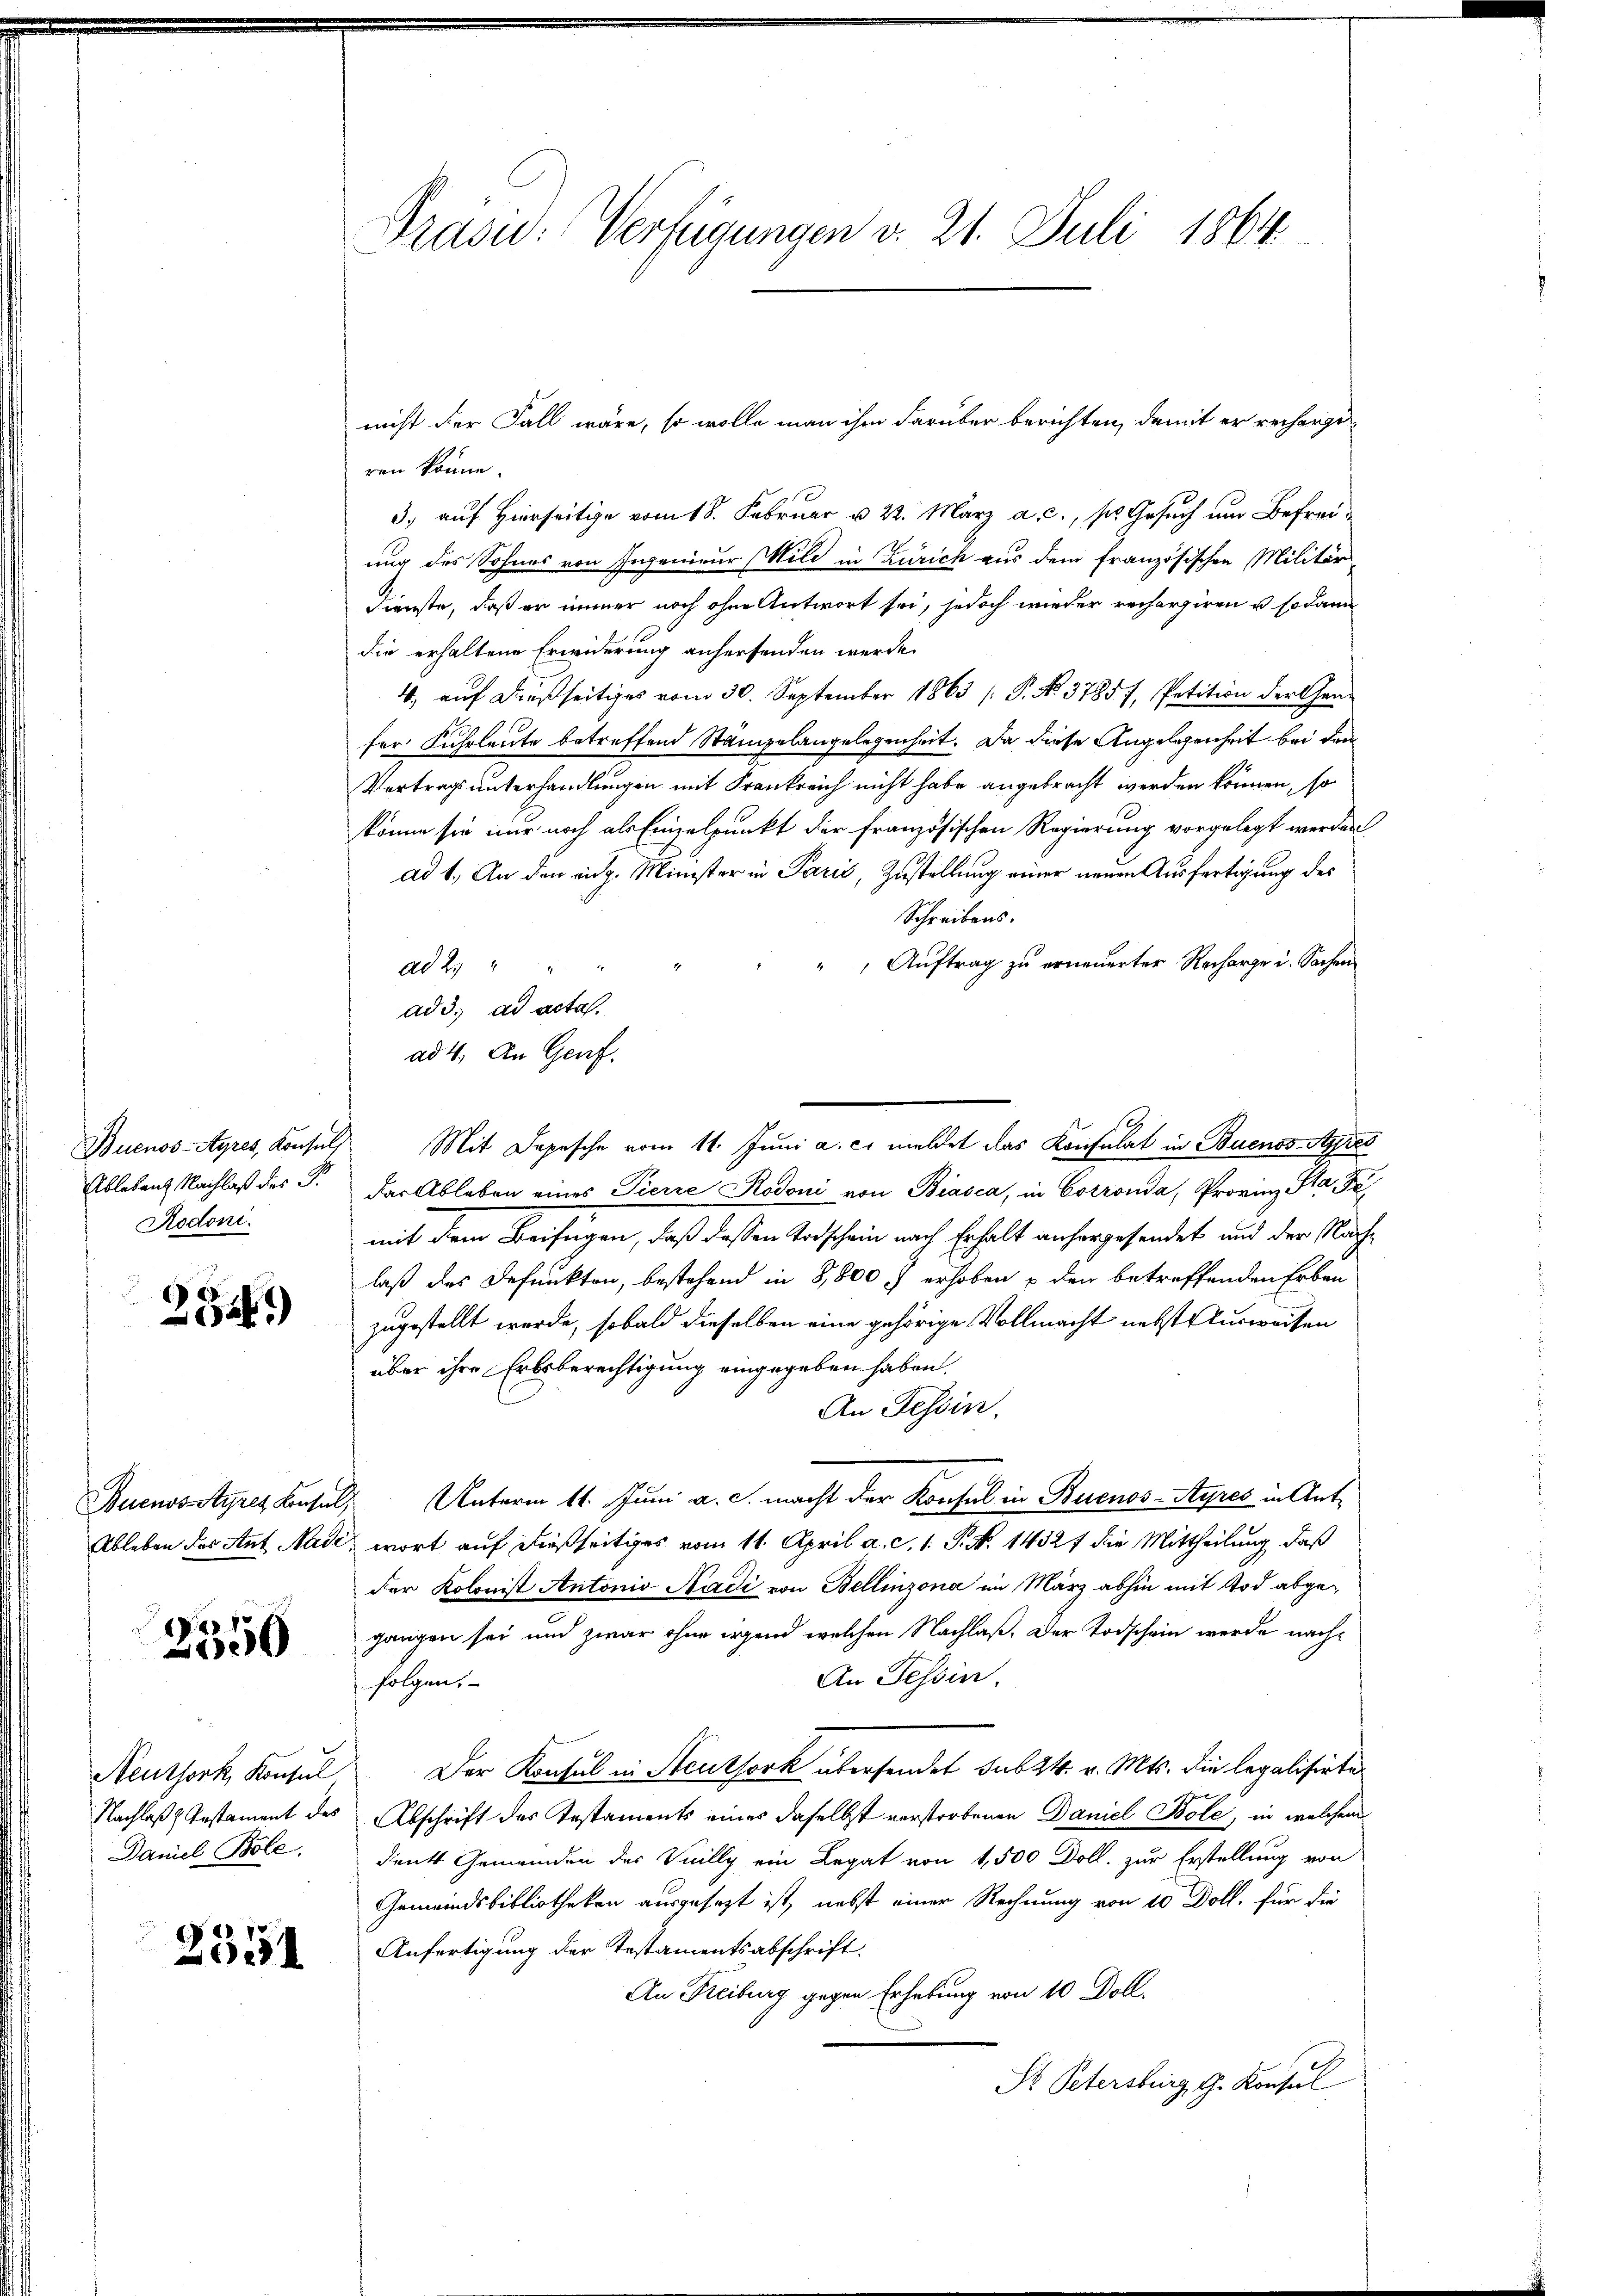
Rodoni.

252)

7
00

Neuthork, Konsul
Daniel Bole

2551

Präsid. Verfügungen v. 21. Juli 1864.

nicht der Fall wäre, so wolle man ihm darüber berichten, damit er recherge
ren könne.
3. auf Hierseitig vom 18. Februar u. 22. März a. c., s. Gesuch um Befreiung des Sohnes von Ingenieur Wild in Zürich aus dem französischen Militär-
Dienste, daß er immer noch ohne Antwort sei, jedoch wieder rechargiren u. sodann
die erhaltene Erwiderung anhersenden werde.
4. aŭf dießseitiges vom 30. September 1863 /: P. No. 37857, Petition der Gen
fer Fuhrleute betreffend Stämpelangelegenheit. Da diese Angelegenheit bei dem
Vertrags unterhandlungen mit Frankreich nicht habe angebracht werden können, so
könne sie nur noch als Einzelpunkt der französischen Regierung vorgelegt werden
ad 1. An den eidg. Minister in Parić, Zustellung einer neuen Ausfertigung des
Schreibens.
" Auftrag zu erneuerter Recharge u. Sachen
ad 25 " " "
ad 3. ad acta.
ad 4. An Genf.
Buenos-Ayres, Konsuls Mit Depesche vom 11. Juni a. c. meldet das Konsulat in Buenos-Ayres
Ableben Nachlaß des P. Der Ableben eines Pierre Rodoni von Biasca, in Corronda, Provinz Sta Fe
mit dem Beifügen, daß dessen Todschein nach Erhalt anhergesendet und der Nachlaß des Defunkten, bestehend in 8,800 erhoben u den betreffenden Erben
zugestellt werde, sobald dieselben eine gehörige Vollmacht nebst Ausweisen
über ihre Erbsberechtigung eingegeben haben.
An Tessin.
Buenos-Ayres Konsuls. Unterm 11. Juni a. c. macht der Konsul in Buenos-Ayres in Ant¬
Ableben des Ant Nade, wort auf dießseitiges vom 11. April a. c. 1. P. N. 1432 f die Mittheilung, daß
der Kolonist Antonio Sadi von Bellinzona im März abhin mit Tod abgegangen sei und zwar ohne irgend welchen Nachlaß. Der Todschein werde nach¬
An Tessin.
 folgen.
Der Konsul in Steuthork übersendet sub 24. v. Mts. die legalisirte
Nachlaß) Instament des Abschrift des Testaments eines daselbst verstorbenen Daniel Bole, in welchem
dient Gemeinden der Villy ein Legat von 1,500 Doll. zur Erstellung von
Gemeindsbibliotheken ausgesezt ist, nebst einer Rechnung von 10 Doll, für die
Anfertigung der Testamentsabschrift
An Freiburg gegen Erhebung von 10 Doll.
St. Petersburg, G. Konsul